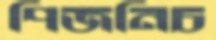
পিজনিচ